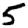
Digit: 5